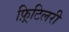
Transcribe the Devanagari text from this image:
फ़्रिटिलरी